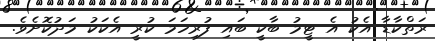
ރަތްކާޑާ އެކު އެ ޓީމު ބާކީ ބައި ފުރިހަމަ ކުރީ އެކަކު މަދުކޮށެވެ.